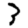
Digit: 3